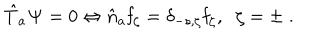
LaTeX: \hat { T } _ { a } { \bf \Psi } = 0 \Leftrightarrow \hat { n } _ { a } { \bf f } _ { \zeta } = \delta _ { - s , \zeta } { \bf f } _ { \zeta } , \; \; \zeta = \pm \; .